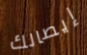
إيصالك